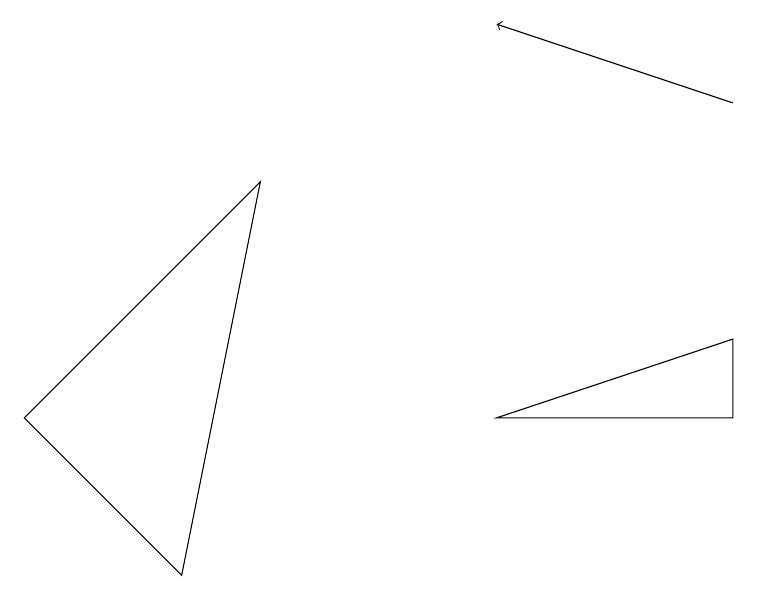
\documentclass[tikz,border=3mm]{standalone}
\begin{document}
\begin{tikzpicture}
\draw[->] (9,10) -- (6,11);
\draw (9,7) -- (6,6) -- (9,6) -- cycle;
\draw (3,9) -- (2,4) -- (0,6) -- cycle;
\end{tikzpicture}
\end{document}